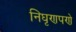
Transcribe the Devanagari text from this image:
निघृणपणे